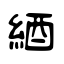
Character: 綇